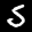
Label: 5